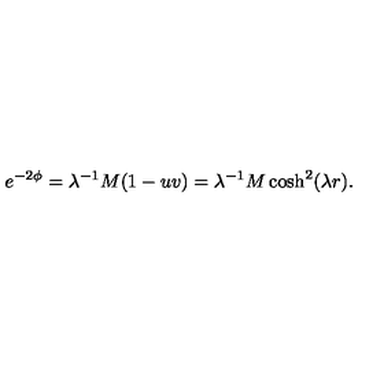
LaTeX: e ^ { - 2 \phi } = \lambda ^ { - 1 } M ( 1 - u v ) = \lambda ^ { - 1 } M \cosh ^ { 2 } ( \lambda r ) .